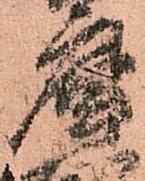
庫